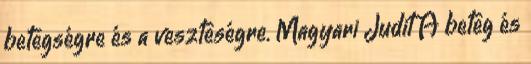
betegségre és a veszteségre. Magyari Judit A beteg és